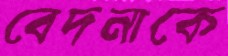
বেদনাকে